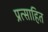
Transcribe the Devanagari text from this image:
प्रत्साहित